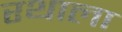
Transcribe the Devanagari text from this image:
रथाला